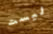
ليست